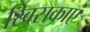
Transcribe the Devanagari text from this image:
खिसकाएं